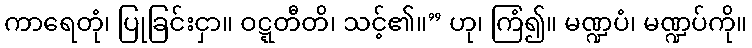
ကာရေတုံ၊ ပြုခြင်းငှာ။ ဝဋ္ဋတီတိ၊ သင့်၏။” ဟု၊ ကြံ၍။ မဏ္ဍပံ၊ မဏ္ဍပ်ကို။